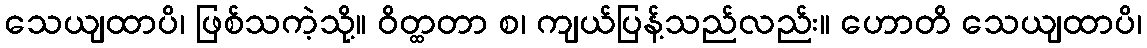
သေယျထာပိ၊ ဖြစ်သကဲ့သို့။ ဝိတ္ထတာ စ၊ ကျယ်ပြန့်သည်လည်း။ ဟောတိ သေယျထာပိ၊